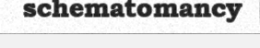
schematomancy